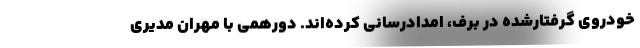
خودروی گرفتارشده در برف، امدادرسانی کرده‌اند. دورهمی با مهران مدیری